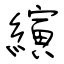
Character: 縯